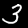
Label: 3